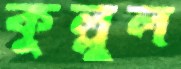
কুল্লুল